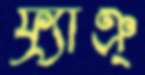
ফ্র্যাঞ্